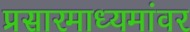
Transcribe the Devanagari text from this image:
प्रसारमाध्यमांवर